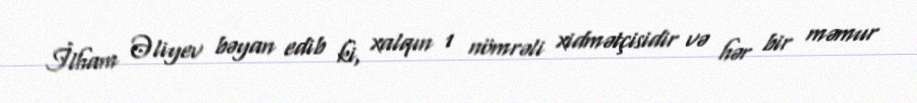
İlham Əliyev bəyan edib ki, xalqın 1 nömrəli xidmətçisidir və hər bir məmur